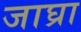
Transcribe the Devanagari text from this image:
जाघ्रा